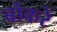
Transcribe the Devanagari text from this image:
बोकरे